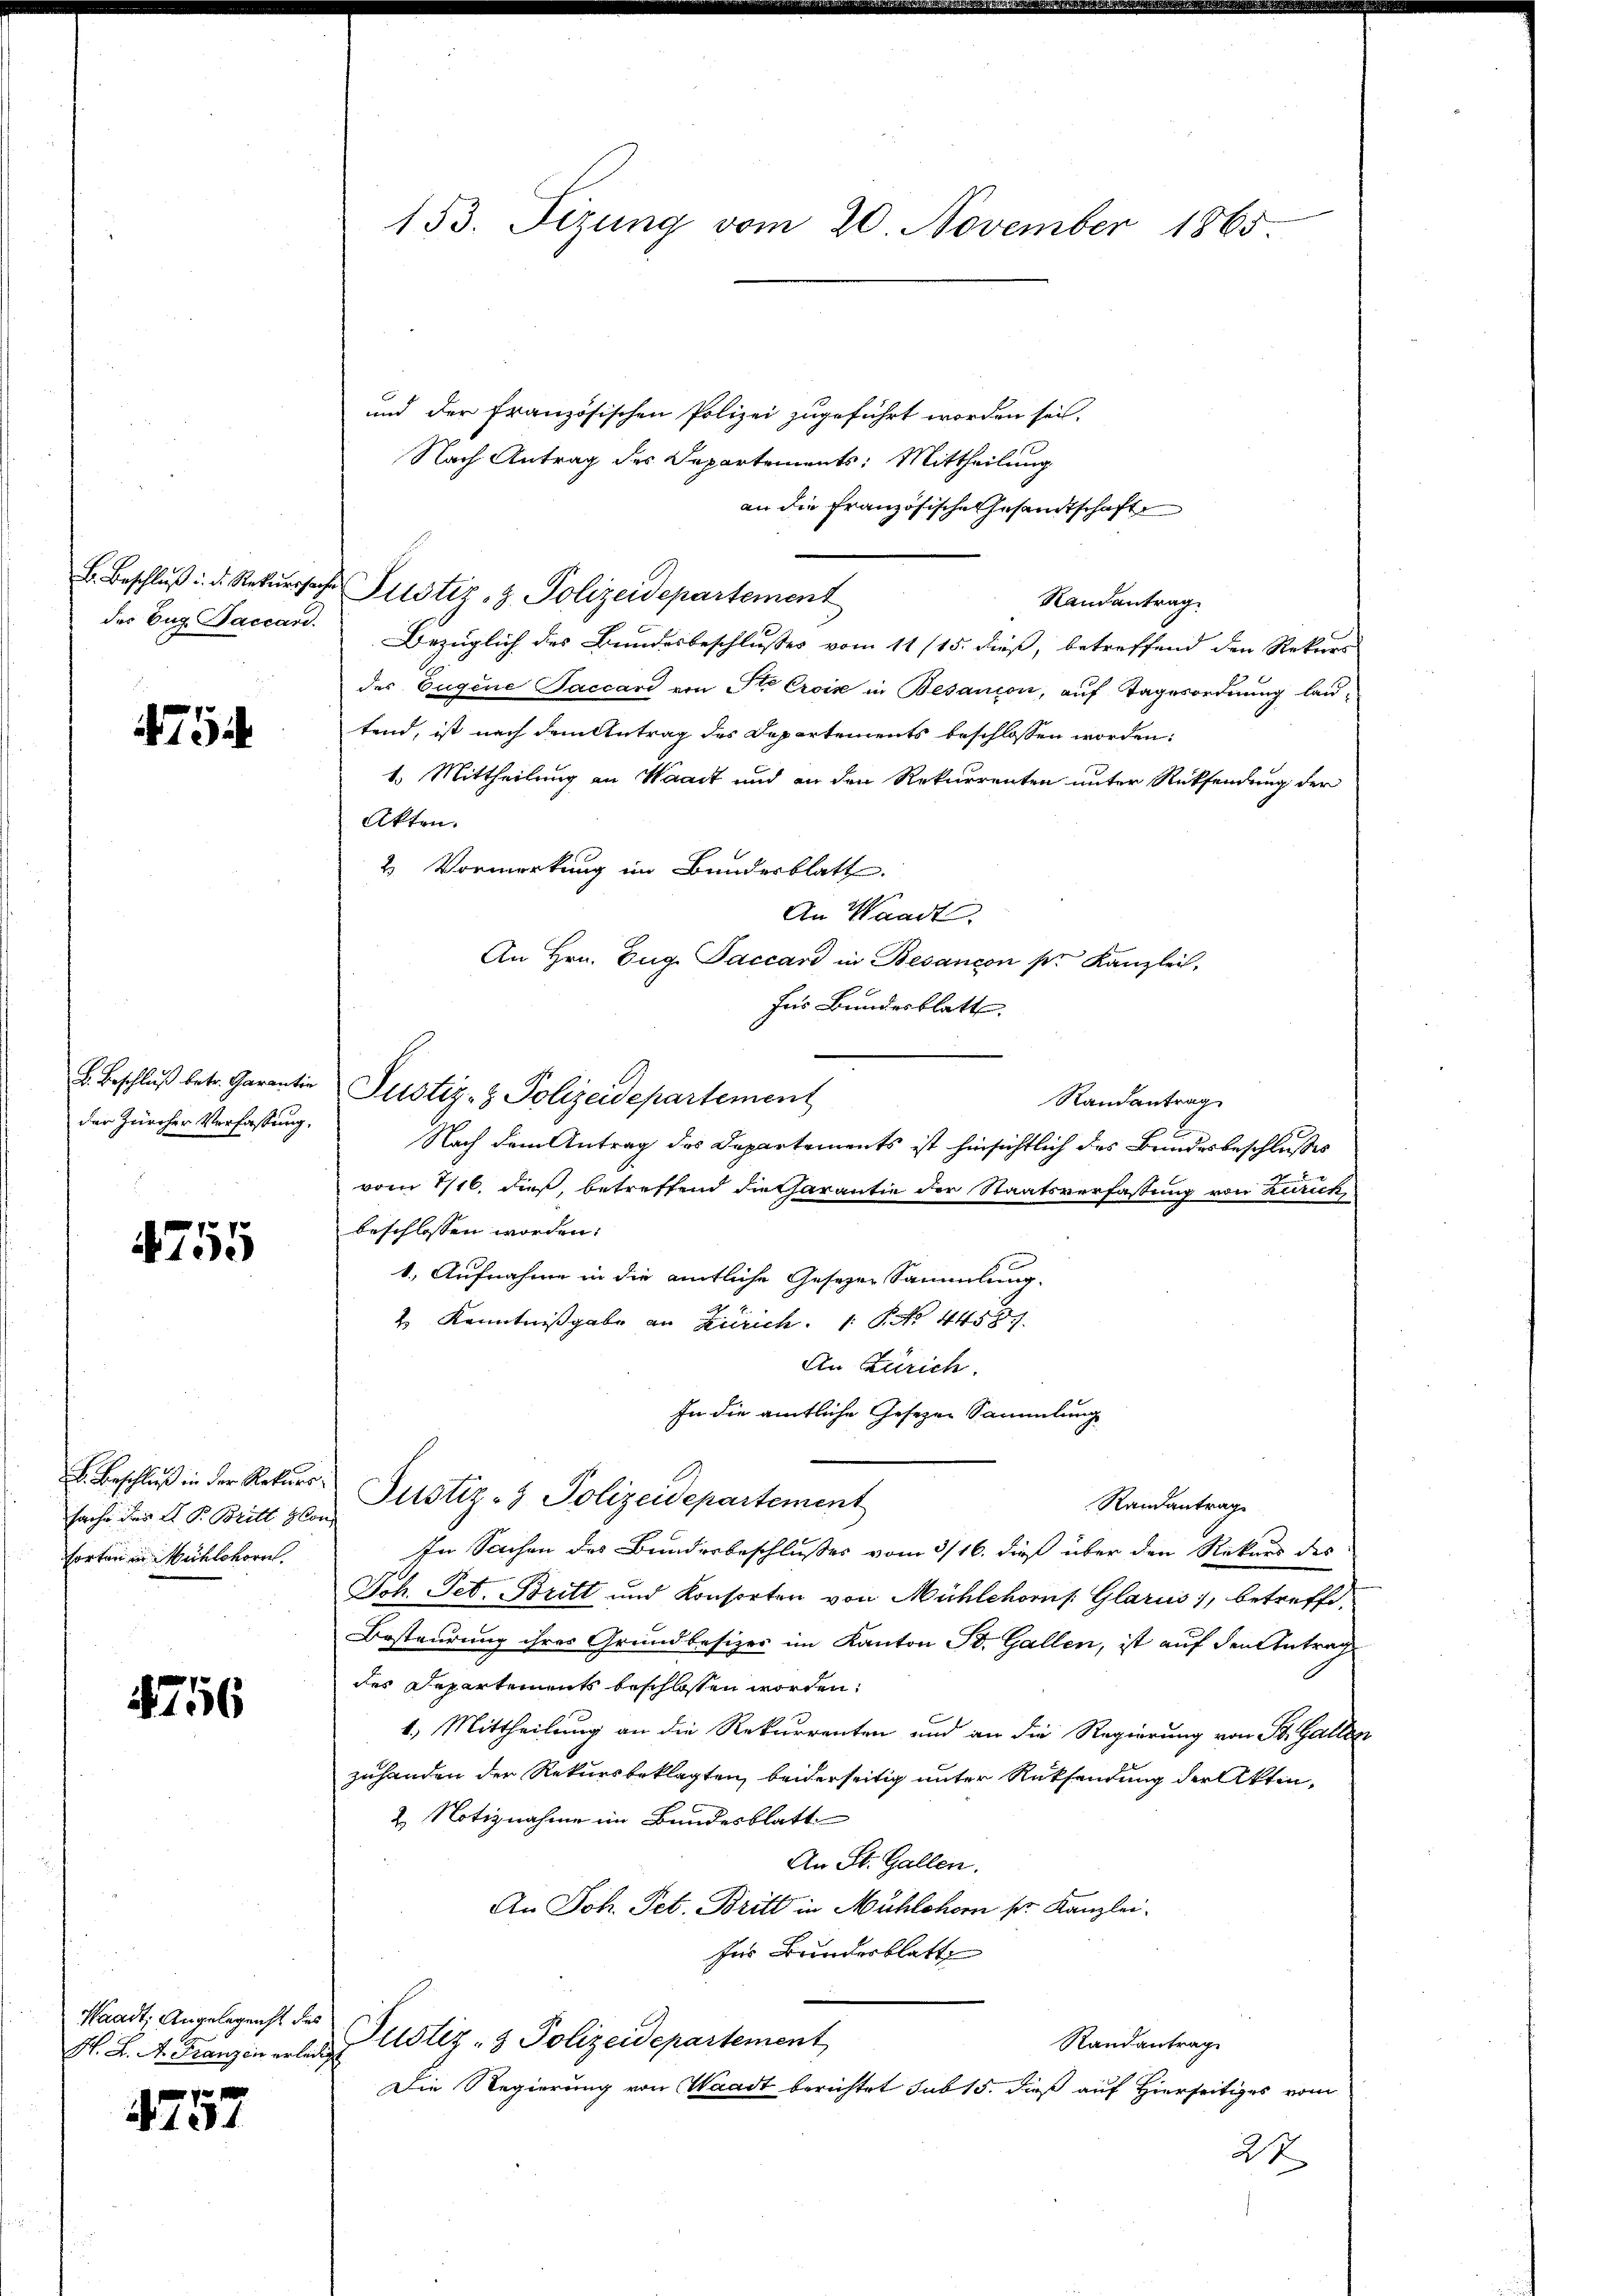
475

der Zürcher Verfassung.

4755

sache des L. P. Britt Hon
Torten in Mühlehorn.

4756

Waadt, Angelegenst des
H. K. A. Franzen erledig

4757

153. Sizung vom 20. November 1865

und der Französischen Polizei zugeführt worden sei.
Nach Antrag des Departements: Mittheilung
an die Französische Gesandtschafte
B. Beschlŭβ: d. Rekurssache Justiz- & Polizeidepartement
Randantrag.
des Bug Baccand. Bezüglich des Bundesbeschlusses vom 11 (15. dieß, betreffend den Rekurs
des Eugene Saccari von Ste Croix in Besanion, auf Tagesordnung lautend, ist nach dem Antrag des Departements beschlossen worden:
1. Mittheilung an Waadt und an den Rekurrenten unter Rücksendung der
Akten.
2. Vormerkung im Bundesblatt.
An Waadt
An Hrn. Zug. Paccard in Besançon pr. Kanzlei,
für Bundesblatt
Randantrag
Nach dem Antrag des Departements ist hinsichtlich des Bundesbeschlußes
vom 17/16. dieß, betreffend die Charantie der Staatsverfassung von Zürich,
beschlossen worden.
1. Aufnahme in die amtliche Gesetzer Sammlung.
2 Kenntnißgabe an Zürich. 1. P. Nr. 4458
An Zürich.
In die amtliche Gesezen Sammlung
. Beschlŭβ in der Rekurs Justiz- & Polizeidepartement
Randantrage
In Sachen des Bundesbeschlusses vom 3/16. dieß über den Rekurs des
Joh. Pet. Britt und Konsorten von Mühlehors. Glarus, betreffe,
Besteurung ihres Grundbesizer im Kanton St. Gallen, ist auf den Antrag
des Departements beschlossen worden.
4.) Mittheilung an die Rekurrenten und an die Regierung von St. Gallen
zuhanden der Rekursbeklagten, beiderseitig unter Rücksendung der Akten,
2. Notiznahme im Bundesblatt
An St. Gallen.
An Joh. Pet. Brill in Mühlohom sr. Kanzlei.
Ins Bundesblatte
Justiz- & Polizeidepartement
Randantrag
Die Regierung von Waadt berichtet sub 15. dieß auf Hierseitiges vom
24

E. Beschluß betr. Garantier Justiz- & Polizeidepartement